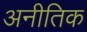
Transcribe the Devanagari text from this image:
अनीतिक